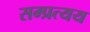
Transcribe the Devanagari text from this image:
सम्प्रत्यय